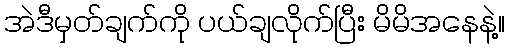
အဲဒီမှတ်ချက်ကို ပယ်ချလိုက်ပြီး မိမိအနေနဲ့။